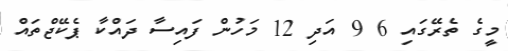
މީގެ ތެރޭގައި 6 9 އަދި 12 މަހުން ފައިސާ ދައްކާ ޕެކޭޖްތައް